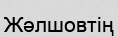
Жәлшовтің